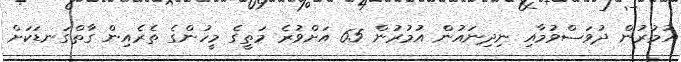
އުމުރުން ދުވަސްވުމާއި ނިދިނައުން އުމުރުން 65 އަށްވުރެ މަތީގެ މީހުންގެ ތެރެއިން ގާތްގަނޑަކަށް